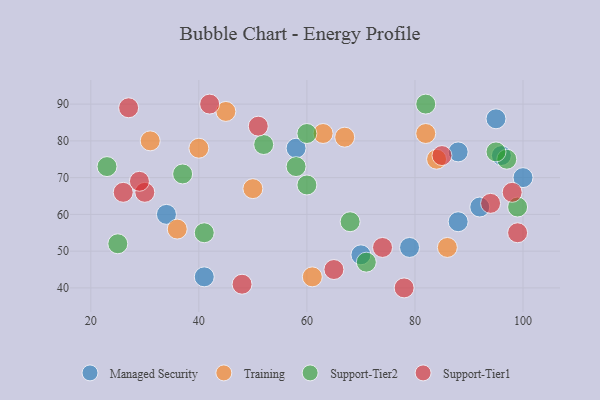
{"axis": {"x": "GDP", "y": "Life Expectancy"}, "legend": ["Managed Security", "Support-Tier1", "Support-Tier2", "Training"], "data": [{"x": "92", "y": 62, "type": "Managed Security"}, {"x": "88", "y": 77, "type": "Managed Security"}, {"x": "96", "y": 76, "type": "Managed Security"}, {"x": "58", "y": 78, "type": "Managed Security"}, {"x": "79", "y": 51, "type": "Managed Security"}, {"x": "100", "y": 70, "type": "Managed Security"}, {"x": "95", "y": 86, "type": "Managed Security"}, {"x": "34", "y": 60, "type": "Managed Security"}, {"x": "41", "y": 43, "type": "Managed Security"}, {"x": "70", "y": 49, "type": "Managed Security"}, {"x": "88", "y": 58, "type": "Managed Security"}, {"x": "50", "y": 67, "type": "Training"}, {"x": "84", "y": 75, "type": "Training"}, {"x": "45", "y": 88, "type": "Training"}, {"x": "67", "y": 81, "type": "Training"}, {"x": "82", "y": 82, "type": "Training"}, {"x": "86", "y": 51, "type": "Training"}, {"x": "36", "y": 56, "type": "Training"}, {"x": "31", "y": 80, "type": "Training"}, {"x": "63", "y": 82, "type": "Training"}, {"x": "40", "y": 78, "type": "Training"}, {"x": "61", "y": 43, "type": "Training"}, {"x": "52", "y": 79, "type": "Support-Tier2"}, {"x": "41", "y": 55, "type": "Support-Tier2"}, {"x": "58", "y": 73, "type": "Support-Tier2"}, {"x": "60", "y": 82, "type": "Support-Tier2"}, {"x": "71", "y": 47, "type": "Support-Tier2"}, {"x": "99", "y": 62, "type": "Support-Tier2"}, {"x": "23", "y": 73, "type": "Support-Tier2"}, {"x": "97", "y": 75, "type": "Support-Tier2"}, {"x": "25", "y": 52, "type": "Support-Tier2"}, {"x": "82", "y": 90, "type": "Support-Tier2"}, {"x": "95", "y": 77, "type": "Support-Tier2"}, {"x": "68", "y": 58, "type": "Support-Tier2"}, {"x": "60", "y": 68, "type": "Support-Tier2"}, {"x": "37", "y": 71, "type": "Support-Tier2"}, {"x": "30", "y": 66, "type": "Support-Tier1"}, {"x": "98", "y": 66, "type": "Support-Tier1"}, {"x": "27", "y": 89, "type": "Support-Tier1"}, {"x": "65", "y": 45, "type": "Support-Tier1"}, {"x": "74", "y": 51, "type": "Support-Tier1"}, {"x": "94", "y": 63, "type": "Support-Tier1"}, {"x": "29", "y": 69, "type": "Support-Tier1"}, {"x": "78", "y": 40, "type": "Support-Tier1"}, {"x": "51", "y": 84, "type": "Support-Tier1"}, {"x": "48", "y": 41, "type": "Support-Tier1"}, {"x": "26", "y": 66, "type": "Support-Tier1"}, {"x": "42", "y": 90, "type": "Support-Tier1"}, {"x": "85", "y": 76, "type": "Support-Tier1"}, {"x": "99", "y": 55, "type": "Support-Tier1"}]}